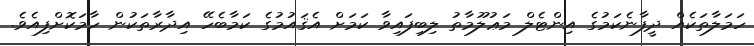
ހަމަލާތަކެއް ދީފާނެކަމުގެ އިންޓެލް މަޢުލޫމާތު ލިބިފައިވާ ކަމަށް އެޤައުމުގެ ކަމާބެހޭ އިދާރާތަކުން ހާމަކޮށްފިއެވެ.